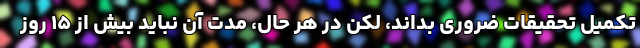
تکمیل تحقیقات ضروری بداند، لکن در هر حال، مدت آن نباید بیش از ۱۵ روز